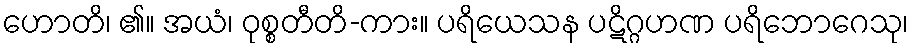
ဟောတိ၊ ၏။ အယံ၊ ဝုစ္စတီတိ-ကား။ ပရိယေသန ပဋိဂ္ဂဟဏ ပရိဘောဂေသု၊